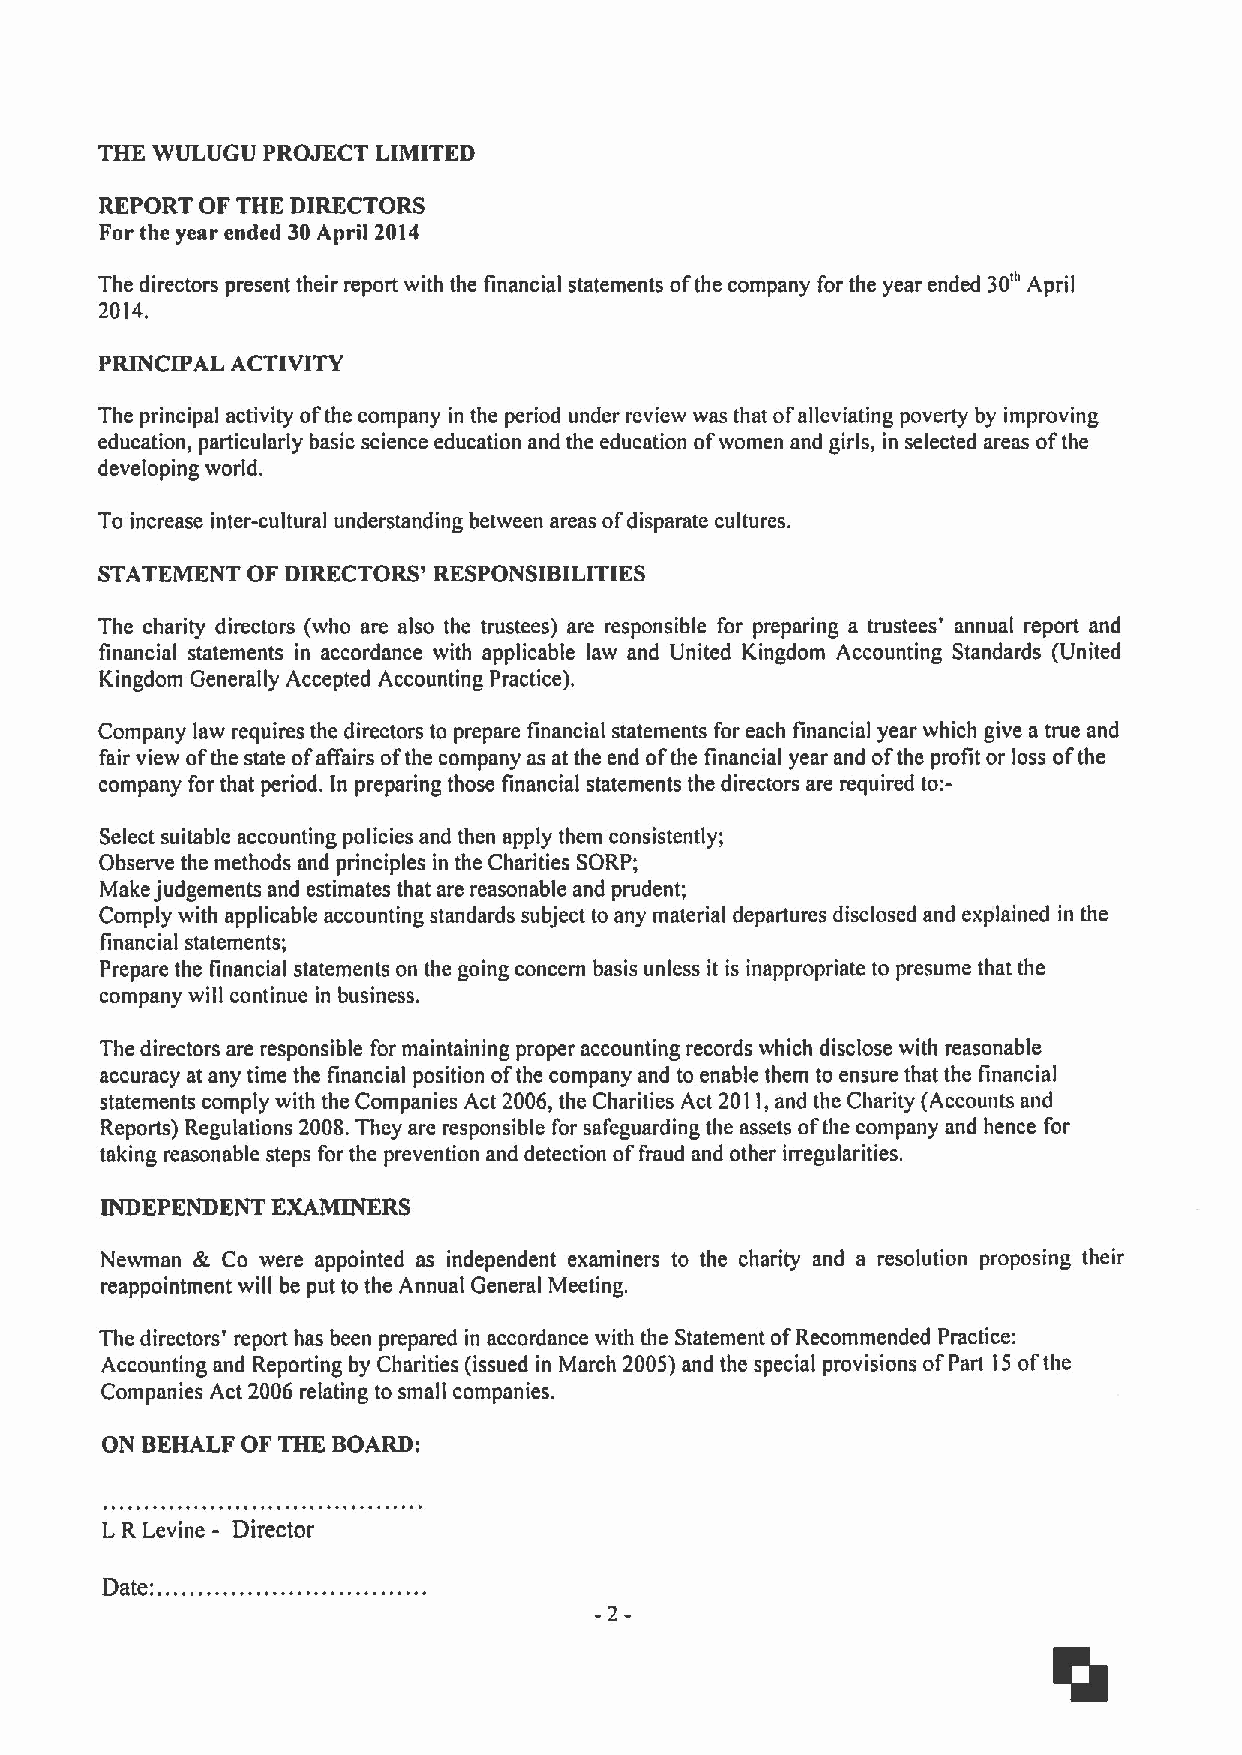
THE WULUGU PROJECT LIMITED
 REPORT OF THE DIRECTORS
 For the year ended 30April 2014
 The directors present their report with the financial statements ofthe company for the year ended 30n April
 2014.
 PRINCIPAL ACTIVITY
 The principal activity ofthe company in the period under review was that ofalleviating poverty by improving
 education, particularly basic science education and the education ofwomen and girls, in selected areas ofthe
 developing world.
 To increase inter-cultural understanding between areas ofdisparate cultures.
 STATEMENT OF DIRECTORS' RESPONSIBILITIES
 The charity directors (who are also the trustees) are responsible for preparing a trustees' annual report and
 financial statements in accordance with applicable law and United Kingdom Accounting Standards (United
 Kingdom Generally Accepted Accounting Practice).
 Company law requires the directors to prepare financial statements for each financial year which give a true and
 fair view ofthe state ofaffairs ofthe company as at the end ofthe financial year and ofthe profit or loss ofthe
 company for that period. In preparing those financial statements the directors are required to:-
 Select suitable accounting policies and then apply them consistently;
 Observe the methods and principles in the Charities SORP;
 Make judgements and estimates that are reasonable and prudent;
 Comply with applicable accounting standards subject to any material departures disclosed and explained in the
 financial statements;
 Prepare the financial statements on the going concern basis unless it is inappropriate to presume that the
 company will continue in business.
 The directors are responsible for maintaining proper accounting records which disclose with reasonable
 accuracy at any time the financial position ofthe company and to enable them to ensure that the financial
 statements comply with the Companies Act 2006, the Charities Act 2011,and the Charity (Accounts and
 Reports) Regulations 2008.They are responsible for safeguarding the assets ofthe company and hence for
 taking reasonable steps for the prevention and detection offraud and other irregularities.
 INDEPENDENT EXAMINERS
 Newman & Co were appointed as independent examiners to the charity and a resolution proposing their
 reappointment will be put to the Annual General Meeting.
 The directors' report has been prepared in accordance with the Statement ofRecommended Practice:
 Accounting and Reporting by Charities (issued in March 2005)and the special provisions ofPart I5 ofthe
 Companies Act 2006 relating to small companies.
 ON BEHALF OF THE BOARD:
 LR Levine - Director
 Date
 -2-